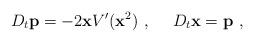
LaTeX: \begin{align*}D_t{\bf p}=-2{\bf x}V'({\bf x}^2)\ ,\ \ \ \ D_t{\bf x}={\bf p}\ ,\end{align*}